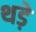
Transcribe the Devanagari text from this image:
थड़े